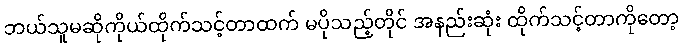
ဘယ်သူမဆိုကိုယ်ထိုက်သင့်တာထက် မပိုသည့်တိုင် အနည်းဆုံး ထိုက်သင့်တာကိုတော့